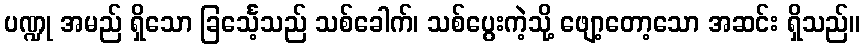
ပဏ္ဍု အမည် ရှိသော ခြင်္သေ့သည် သစ်ခေါက်၊ သစ်ပွေးကဲ့သို့ ဖျော့တော့သော အဆင်း ရှိသည်။